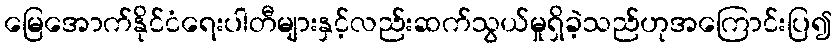
မြေအောက်နိုင်ငံရေးပါတီများနှင့်လည်းဆက်သွယ်မှုရှိခဲ့သည်ဟုအကြောင်းပြ၍